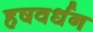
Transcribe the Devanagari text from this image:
हषवर्धन